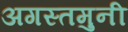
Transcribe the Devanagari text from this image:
अगस्‍तमुनी